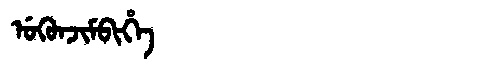
Manchu: ᡠᡴᡠᠨᠵᡳᠮᠪᡳᡥᡝ
Romanization: UKUNJIMBIHE